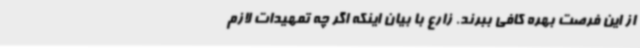
از این فرصت بهره کافی ببرند. زارع با بیان اینکه اگر چه تمهیدات لازم